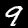
Digit: 9